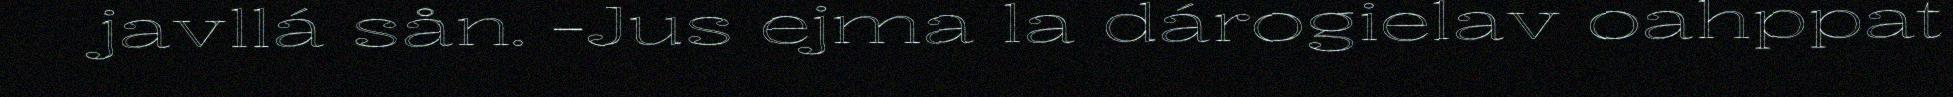
javllá sån. -Jus ejma la dárogielav oahppat